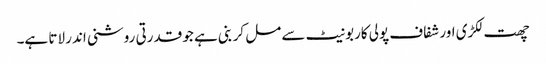
چھت لکڑی اور شفاف پولی کاربونیٹ سے مل کر بنی ہے جو قدرتی روشنی اندر لاتا ہے۔